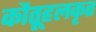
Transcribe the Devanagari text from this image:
कौतूहलकृत